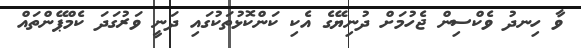
ވާ ހިނދު ވެކްސިން ޖެހުމަށް ދުނިޔޭގެ އެކި ކަންކޮޅުތަކުގައި ދަނީ ވަރުގަދަ ކެމްޕޭންތައް